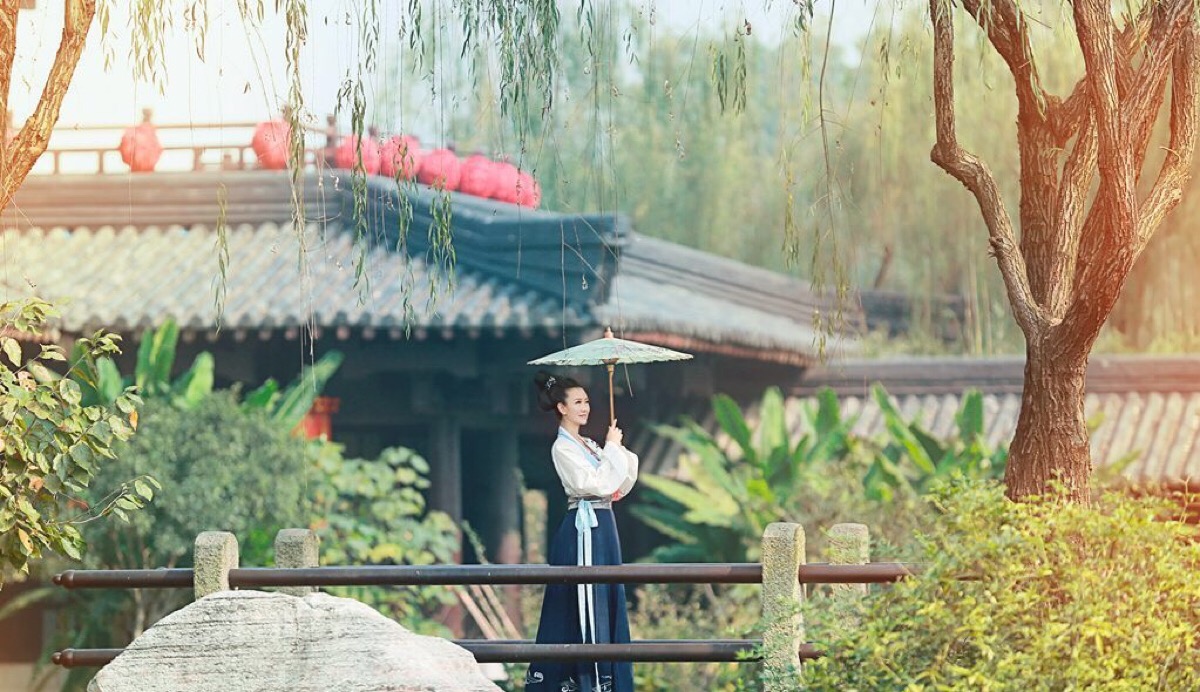
绮席凝尘，香闺掩雾。